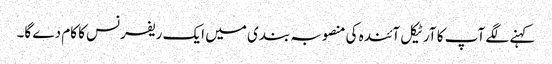
کہنے لگے آپ کا آرٹیکل آئندہ کی منصوبہ بندی میں ایک ریفرنس کا کام دے گا۔